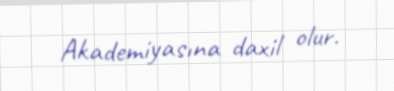
Akademiyasına daxil olur.